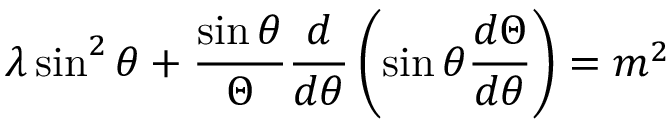
\lambda \sin ^ { 2 } \theta + { \frac { \sin \theta } { \Theta } } { \frac { d } { d \theta } } \left( \sin \theta { \frac { d \Theta } { d \theta } } \right) = m ^ { 2 }